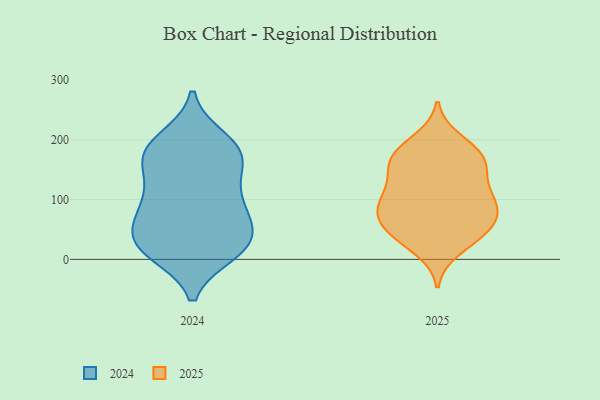
{"axis": {"x": "Headcount", "y": "Value"}, "legend": ["2024", "2025"], "data": [{"x": "", "y": 86, "type": "2024"}, {"x": "", "y": 175, "type": "2024"}, {"x": "", "y": 74, "type": "2024"}, {"x": "", "y": 179, "type": "2024"}, {"x": "", "y": 128, "type": "2024"}, {"x": "", "y": 27, "type": "2024"}, {"x": "", "y": 26, "type": "2024"}, {"x": "", "y": 18, "type": "2024"}, {"x": "", "y": 184, "type": "2024"}, {"x": "", "y": 28, "type": "2024"}, {"x": "", "y": 66, "type": "2024"}, {"x": "", "y": 179, "type": "2024"}, {"x": "", "y": 114, "type": "2024"}, {"x": "", "y": 12, "type": "2024"}, {"x": "", "y": 162, "type": "2024"}, {"x": "", "y": 200, "type": "2024"}, {"x": "", "y": 25, "type": "2024"}, {"x": "", "y": 85, "type": "2024"}, {"x": "", "y": 41, "type": "2025"}, {"x": "", "y": 72, "type": "2025"}, {"x": "", "y": 147, "type": "2025"}, {"x": "", "y": 86, "type": "2025"}, {"x": "", "y": 125, "type": "2025"}, {"x": "", "y": 48, "type": "2025"}, {"x": "", "y": 173, "type": "2025"}, {"x": "", "y": 178, "type": "2025"}, {"x": "", "y": 199, "type": "2025"}, {"x": "", "y": 161, "type": "2025"}, {"x": "", "y": 17, "type": "2025"}, {"x": "", "y": 107, "type": "2025"}, {"x": "", "y": 110, "type": "2025"}, {"x": "", "y": 51, "type": "2025"}, {"x": "", "y": 179, "type": "2025"}, {"x": "", "y": 89, "type": "2025"}, {"x": "", "y": 75, "type": "2025"}, {"x": "", "y": 40, "type": "2025"}, {"x": "", "y": 156, "type": "2025"}, {"x": "", "y": 89, "type": "2025"}]}